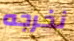
نخرجه